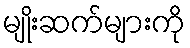
မျိုးဆက်များကို